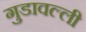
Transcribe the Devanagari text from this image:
गुडावल्ली